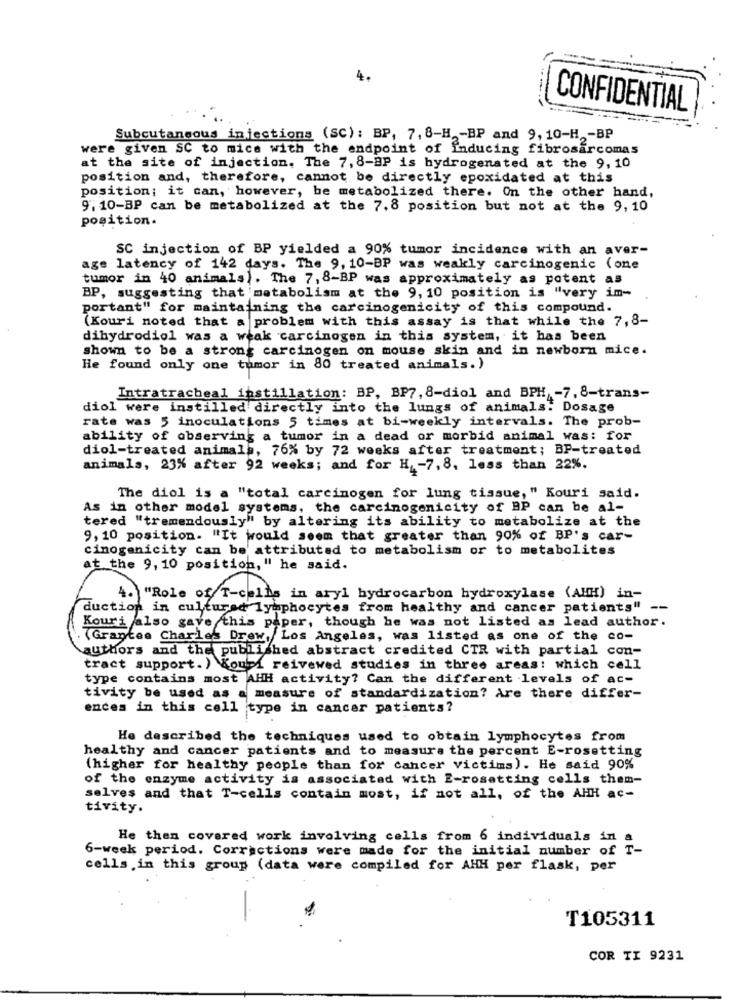
4.
CONFIDENTIAL
Subcutaneous injections (SC): BP, 7, 8-H -BP and 9, 10-H .- BP
were given SC to mica with the endpoint of inducing fibrosarcomas
at the site of injection. The 7, 8-BP is hydrogenated at the 9, 10
position and, therefore, cannot be directly epoxidated at this
position; it can, however, be metabolized there. On the other hand,
9. 10-BP can be metabolized at the 7.8 position but not at the 9, 10
position.
SC injection of BP yielded a 90% tumor incidence with an aver-
age latency of 142 days. The 9, 10-BP was weakly carcinogenic (one
tumor in 40 animals). The 7, 8-BP was approximately as potent as
BP, suggesting that metabolism at the 9, 10 position is "very im-
portant" for maintaining the carcinogenicity of this compound.
(Kouri noted that a problem with this assay is that while the 7,8-
dihydrodiol was a weak carcinogen in this system, it has been
shown to be a strong carcinogen on mouse skin and in newborn mice.
He found only one tumor in 80 treated animals. )
Intratracheal instillation: BP, BP7, 8-diol and BPH, - 7, 8-trans-
diol were instilled directly into the lungs of animals. Dosage
rate was 5 inoculations 5 times at bi-weekly intervals. The prob-
ability of observing a tumor in a dead or morbid animal was: for
diol-treated animals, 76% by 72 weeks after treatment; BP-treated
animals, 23% after 92 weeks; and for H, - 7,8, less than 22%.
The diol is a "total carcinogen for lung tissue," Kouri said.
As in other model systems, the carcinogenicity of BP can be al-
tered "tremendously" by altering its ability to metabolize at the
9, 10 position. "It would seem that greater than 90% of BP's car-
cinogenicity can be' attributed to metabolism or to metabolites
at the 9, 10 position, " he said.
4. "Role of T-cells in aryl hydrocarbon hydroxylase (AHH) in-
duction in cultured lymphocytes from healthy and cancer patients" --
Kouri also gave this paper, though he was not listed as lead author.
(Grantes Charles Drew, Los Angeles, was listed as one of the co-
authors and the published abstract credited CTR with partial con-
tract support. ) Kouri reivewed studies in three areas: which cell
type contains most AHH activity? Can the different levels of ac-
tivity be used as a measure of standardization? Are there differ-
ences in this cell type in cancer patients?
He described the techniques used to obtain lymphocytes from
healthy and cancer patients and to measure the percent E-rosetting
(higher for healthy people than for cancer victims). He said 90%
of the enzyme activity is associated with E-rosetting cells them-
selves and that T-cells contain most, if not all, of the AHH ac-
tivity.
He then covered work involving cells from 6 individuals in a
6-week period. Corrections were made for the initial number of T-
cells in this group (data were compiled for AHH per flask, per
T105311
COR TI 9231